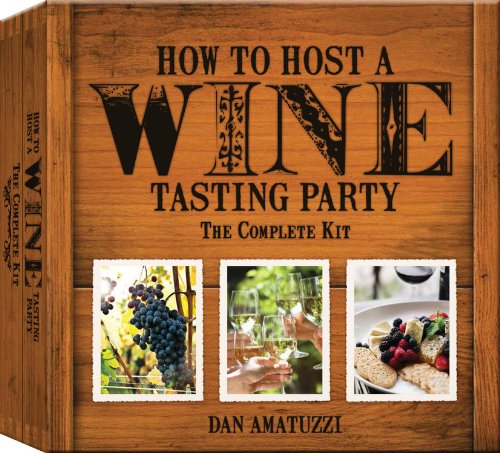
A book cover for How to Host a Wine Tasting Party: The Complete Kit; Dan Amatuzzi; Cookbooks, Food & Wine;